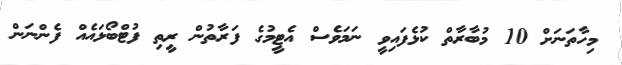
މިހާތަނަށް 10 މުބާރާތް ކުޅެފައިވީ ނަމަވެސް އެޓީމުގެ ފަރާތުން ރީތި ފުޓްބޯޅައެއް ފެންނަން